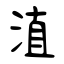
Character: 淔